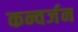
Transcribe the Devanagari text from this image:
कन्वर्जन